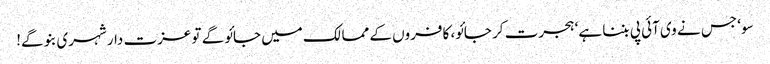
سو‘ جس نے وی آئی پی بننا ہے‘ ہجرت کر جائو، کافروں کے ممالک میں جائو گے تو عزت دار شہری بنو گے!